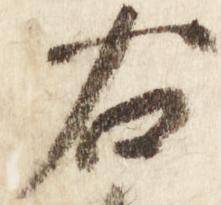
右